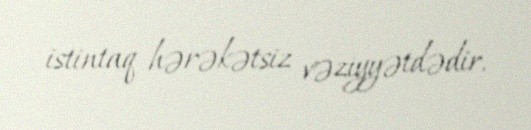
istintaq hərəkətsiz vəziyyətdədir.